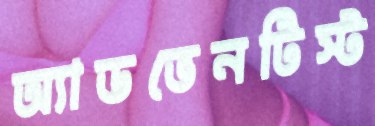
অ্যাডভেনটিস্ট